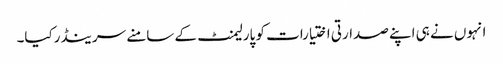
انہوں نے ہی اپنے صدارتی اختیارات کو پارلیمنٹ کے سامنے سرینڈرکیا۔